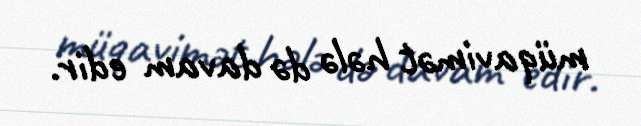
müqavimət hələ də davam edir.